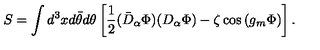
S = \int d ^ { 3 } x d \bar { \theta } d \theta \left[ \frac 1 2 ( \bar { D } _ { \alpha } \Phi ) ( D _ { \alpha } \Phi ) - \zeta \cos \left( g _ { m } \Phi \right) \right] .